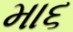
મા૬